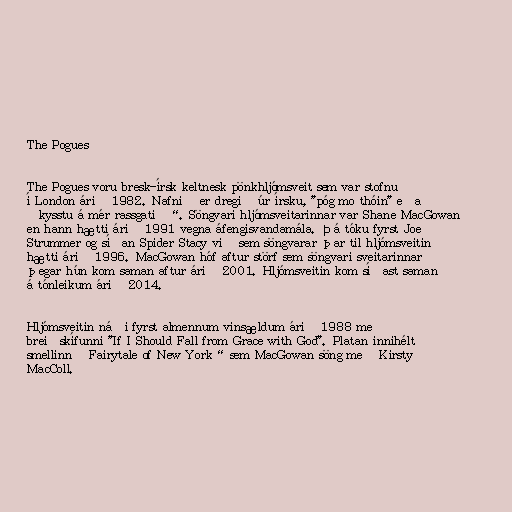
The Pogues

The Pogues voru bresk-írsk keltnesk pönkhljómsveit sem var stofnuð
í London árið 1982. Nafnið er dregið úr írsku, "póg mo thóin" eða
„kysstu á mér rassgatið“. Söngvari hljómsveitarinnar var Shane MacGowan
en hann hætti árið 1991 vegna áfengisvandamála. Þá tóku fyrst Joe
Strummer og síðan Spider Stacy við sem söngvarar þar til hljómsveitin
hætti árið 1996. MacGowan hóf aftur störf sem söngvari sveitarinnar
þegar hún kom saman aftur árið 2001. Hljómsveitin kom síðast saman
á tónleikum árið 2014.

Hljómsveitin náði fyrst almennum vinsældum árið 1988 með
breiðskífunni "If I Should Fall from Grace with God". Platan innihélt
smellinn „Fairytale of New York“ sem MacGowan söng með Kirsty
MacColl.